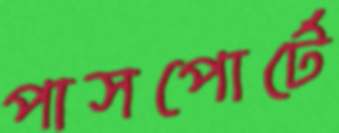
পাসপোর্টে